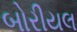
બોરીયલ